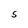
Character: S